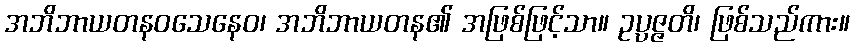
အဘိဘာယတနဝသေနေဝ၊ အဘိဘာယတန၏ အဖြစ်ဖြင့်သာ။ ဥပ္ပဇ္ဇတိ၊ ဖြစ်သည်ကား။